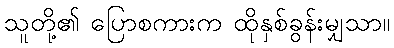
သူတို့၏ ပြောစကားက ထိုနှစ်ခွန်းမျှသာ။